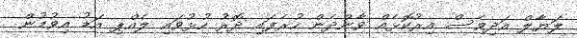
ލަޔާލް އަދިވެސް އިރުކޮޅެއް ވާންދެން ހުރެފައި ދޮރު ހުޅުވައި ލެއްޕި އަޑު އިވުމުން